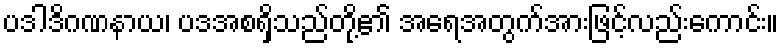
ပဒါဒိဂဏနာယ၊ ပဒအစရှိသည်တို့၏ အရေအတွက်အားဖြင့်လည်းကောင်း။